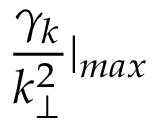
\frac { \gamma _ { k } } { k _ { \perp } ^ { 2 } } | _ { m a x }